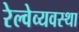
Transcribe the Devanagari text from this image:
रेल्वेव्यवस्था